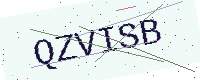
Text: QZVISB